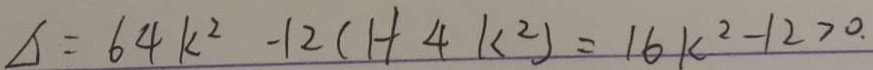
\Delta = 6 4 k ^ { 2 } - 1 2 ( 1 + 4 k ^ { 2 } ) = 1 6 k ^ { 2 } - 1 2 > 0 .